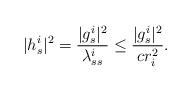
LaTeX: \begin{align*}|h^i_s|^2 = \frac{|g^i_s|^2}{\lambda^i_{ss}}\leq\frac{|g^i_s|^2}{cr_i^2}.\end{align*}